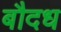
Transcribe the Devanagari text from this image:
बौदध